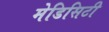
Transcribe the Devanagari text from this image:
मेडिसिटी